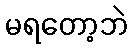
မရတော့ဘဲ